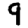
Digit: 9